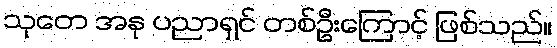
သုတေ အနု ပညာရှင် တစ်ဦးကြောင့် ဖြစ်သည်။